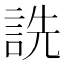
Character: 詵